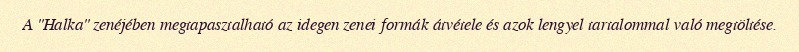
A "Halka" zenéjében megtapasztalható az idegen zenei formák átvétele és azok lengyel tartalommal való megtöltése.